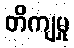
တိကျမှု